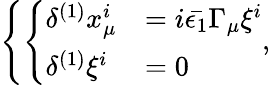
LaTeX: \left\{ \left\{ \begin{array}{ll}{{\delta^{(1)}x_{\mu}^{i}}}&{{=i\bar{\epsilon_{1}}\Gamma_{\mu}\xi^{i}}}\\ {{\delta^{(1)}\xi^{i}}}&{{=0}}\end{array}\right.\right.,